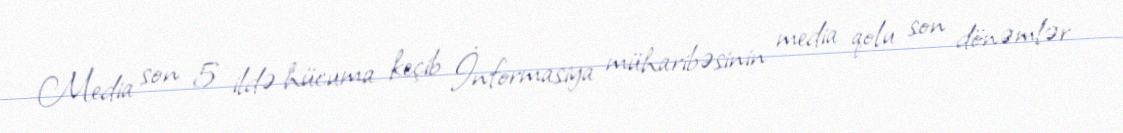
Media son 5 ildə hücuma keçib İnformasiya müharibəsinin media qolu son dönəmlər